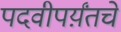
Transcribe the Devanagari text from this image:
पदवीपर्य़ंतचे